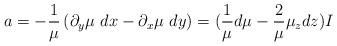
LaTeX: \begin{align*}a=-\frac{1}{\mu}\left(\partial_y\mu\ dx-\partial_x\mu\ dy\right)=(\frac{1}{\mu}d\mu-\frac{2}{\mu}\mu_zdz)I\end{align*}